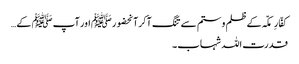
کفّارِمکّہ کے ظلم و ستم سے تنگ آکرآنحضورﷺ اور آپ ﷺ کے…
قدرت اللہ شہاب ۔